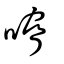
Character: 嗋